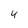
Character: 4